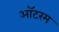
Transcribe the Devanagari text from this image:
ऑटरम